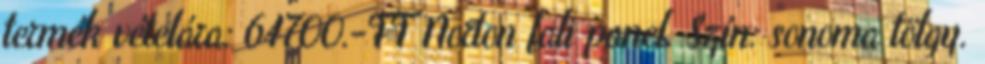
termék vételára: 64700.-FT Norton fali panel. Szín: sonoma tölgy.